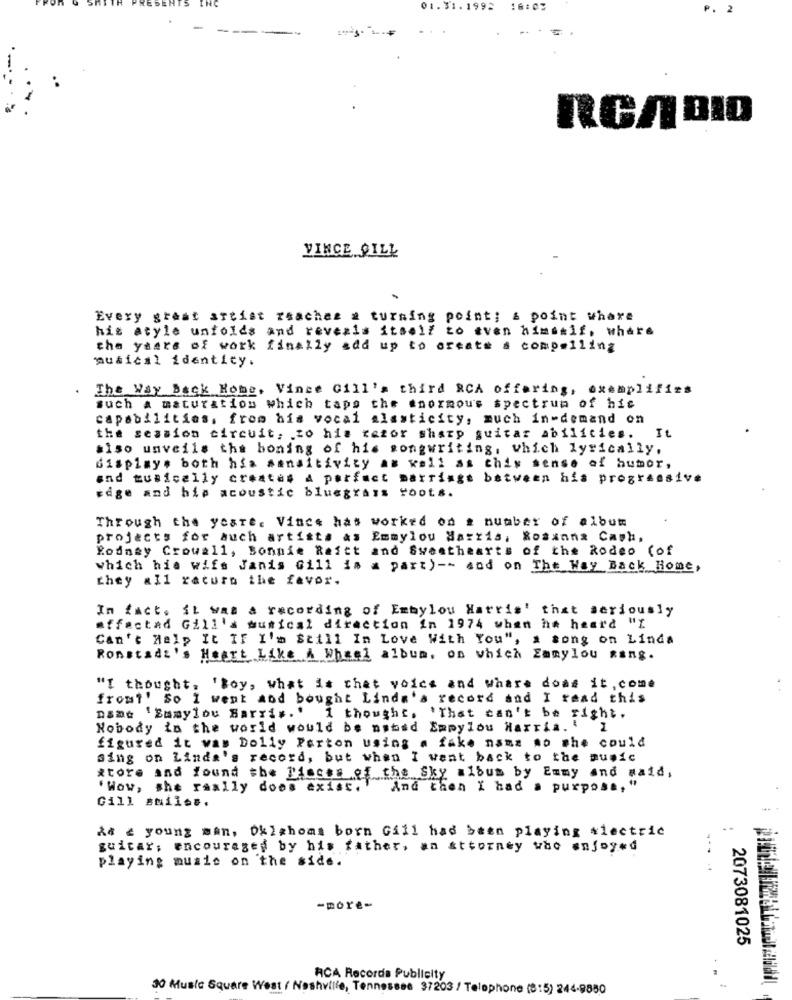
01.31.1992 16:02
P. 2
RCA BID
VINCE GILL
Every great artist reaches a turning point; & point whare
his atyle unfolds and revezis itself to even himself, where
the years of work finally add up to create a compelling
musical identity.
The Way Back Home, Vince Gill's third RCA offering, exemplifies
such a maturation which taps the enormous spectrum of his
capabilities, from his vocal alasticity, much in-demand on
It
the session circuit. to his tezor sharp guitar abilities.
siso unveils the boning of his songwriting, which lyrically,
display, both his sensitivity as well as chis sense of humor,
and musically creates A perfect marriage between his progressive
edge and hip acoustic bluegrass roots.
Through the yeare. Vince has worked on # number of album
projects for Auch artists as Emmylou Harris, Rosanna Cash,
Rodney Crowall, Bonnie Raitt and Sweethearts of the Rodeo (of
which his wife Janis Gill is a part) -- and on The Way Back Home,
they all racuro the favor.
In fact. it was a recording of Embylou Harris' that seriously
affected Gill a musical direction in 1974 when he heard ".
Can't Help It IF I'm Still In Love With You", a song on Linda
Ronstadz's Heart Like A Wheel album, on which Emmylou Rang.
"I thought. 'Boy, what is chet voice and where doas it, come
fromt' So I went and bought Linda's record and I read this
name 'Emmylou Harris.' I thought, 'That can't be right.
Nobody in the world would be nstsd Emmylou Harris. 1
figured it was Dolly Parton using a fake name no she could
sing on Linda's record, but when I went back to the music
*tore and found the Pieces of the Sky album by Emmy and maid,
'Wow, she really does exist .!
And then I had a purpose, "
Gill smils ..
&d & young man, Oklahoma born Gill had been playing electric
guitar; encouraged by his father, an attorney who enjoyed
playing music on the side.
-more-
2073081025
ACA Recorda Publicity
30 Music Square West / Nashville, Tennessee 37203 / Telephone (8:5) 244-9880